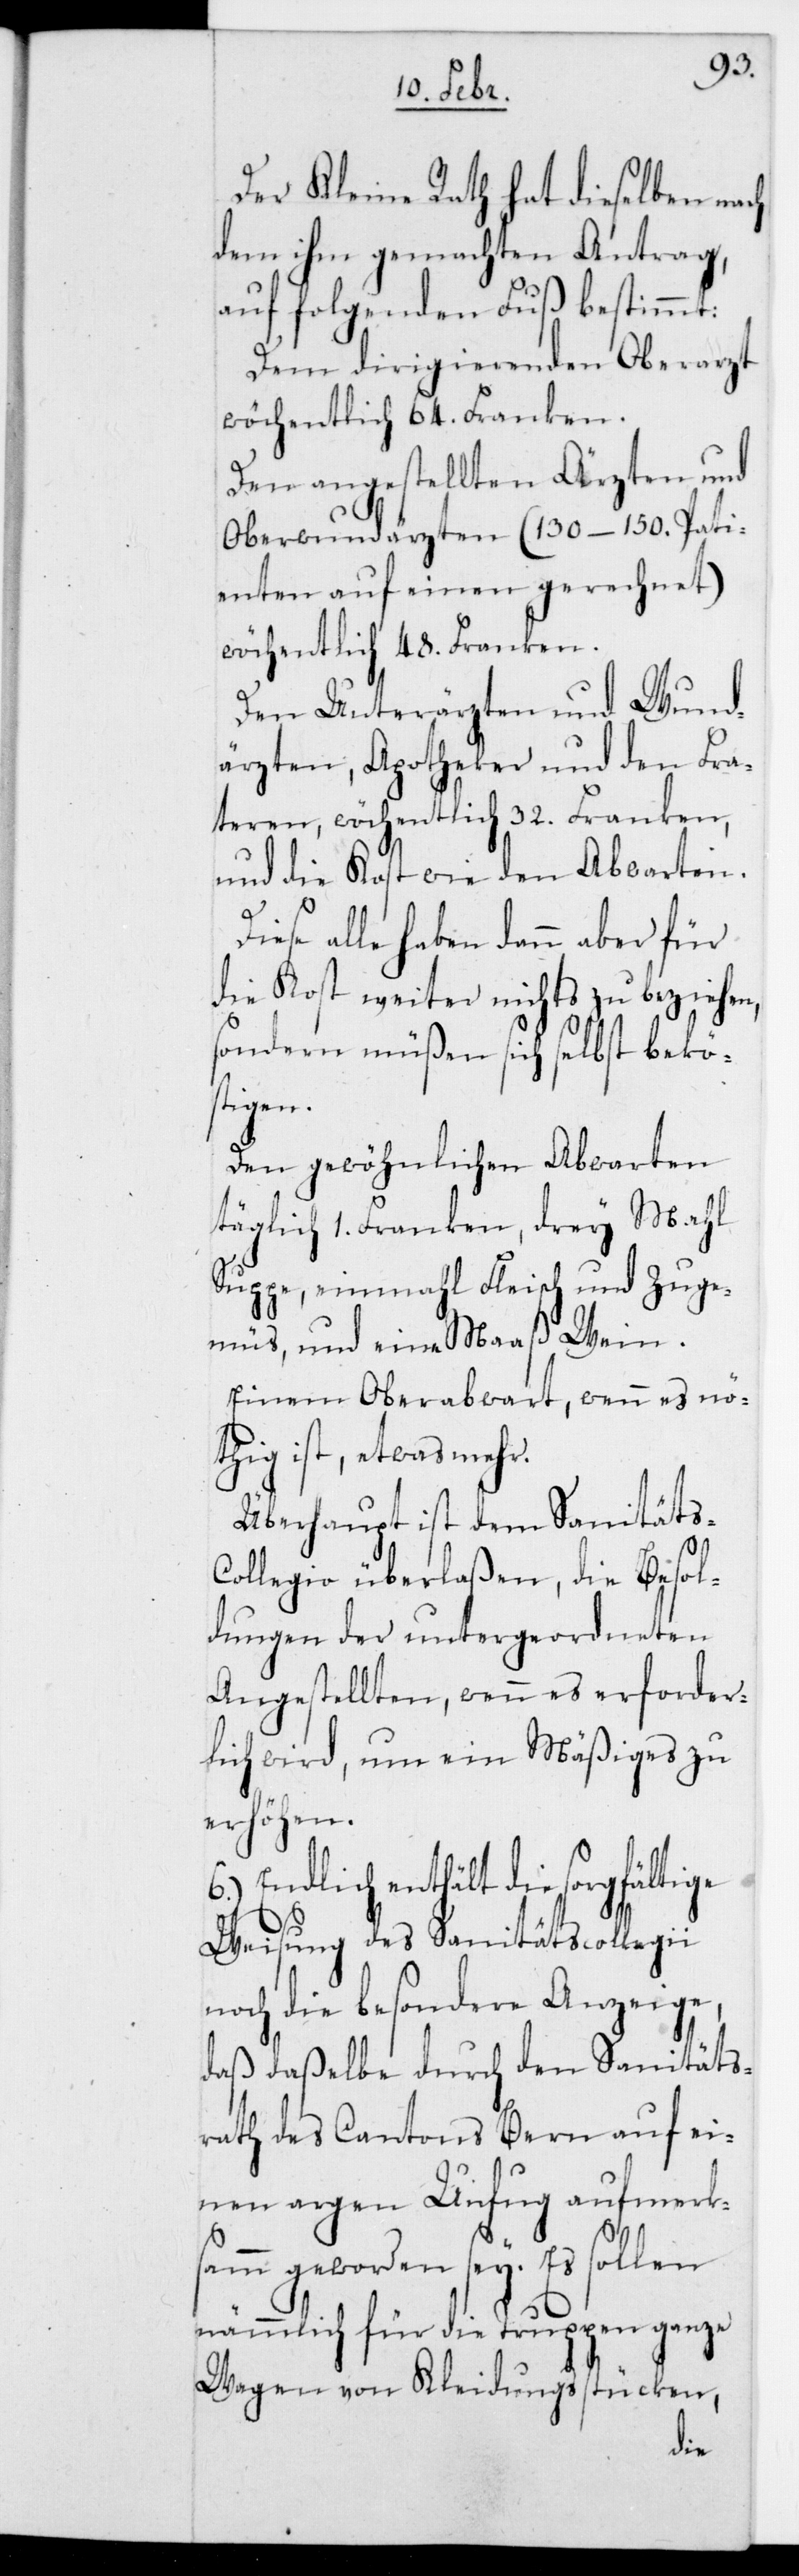
Der Kleine Rath hat dieselben nach
dem ihm gemachten Antrag,
auf folgenden Fuß bestimmt:
Dem dirigierenden Oberarzt
wöchentlich 64. Franken.
Den angestellten Ärzten und
Oberwundärzten (130–150. Pati¬
enten auf einen gerechnet)
wöchentlich 48. Franken.
Den Unterärzten und Wund¬
ärzten, Apotheker und den Fra¬
theren, wöchentlich 32. Franken,
und die Kost wie den Abwarten.
se alle haben dann aber für
die Kost weiter nichts zu beziehen,
sondern müßen sich selbst bekö¬
stigen.
Den gewöhnlichen Abwarten
täglich 1. Franken, drey Mahl
Suppe, einmahl Fleisch und Zuge¬
müs und eine Maaß Wein.
Einem Oberabwart, wenn es nö¬
thig ist, etwas mehr.
Überhaupt ist dem Sanitäts-C¬
ollegio überlaßen, die Besol¬
dungen der untergeordneten
Angestellten, wenn es erforder¬
lich wird, um ein Mäßiges zu
erhöhen.
6.) Endlich enthält die sorgfältige
Weisung des Sanitätscollegii
noch die besondere Anzeige,
daß daßelbe durch den Sanitäts¬
rath des Cantons Bern auf ei¬
nen argen Unfug aufmerk¬
samm geworden sei. Es sollen
nämmlich für die Truppen ganze
Wagen von Kleidungsstücken,
Die¬